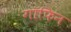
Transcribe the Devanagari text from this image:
गॉफिन